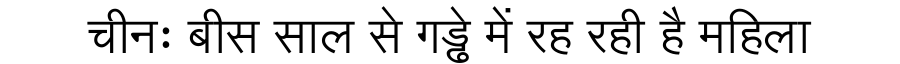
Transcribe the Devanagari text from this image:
चीनः बीस साल से गड्ढे में रह रही है महिला